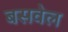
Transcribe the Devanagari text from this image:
बसवेल